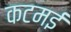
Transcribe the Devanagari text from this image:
कटमई